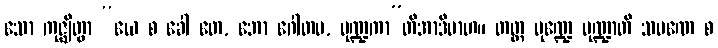
သော ကုဇ္ဈိတွာ “ယေ စ ခေါ တေ, ဘော ဂေါတမ, မုဏ္ဍကာ”တိအာဒိမာဟ။ တတ္ထ မုဏ္ဍေ မုဏ္ဍာတိ သမဏေ စ